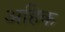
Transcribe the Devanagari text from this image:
अहिक